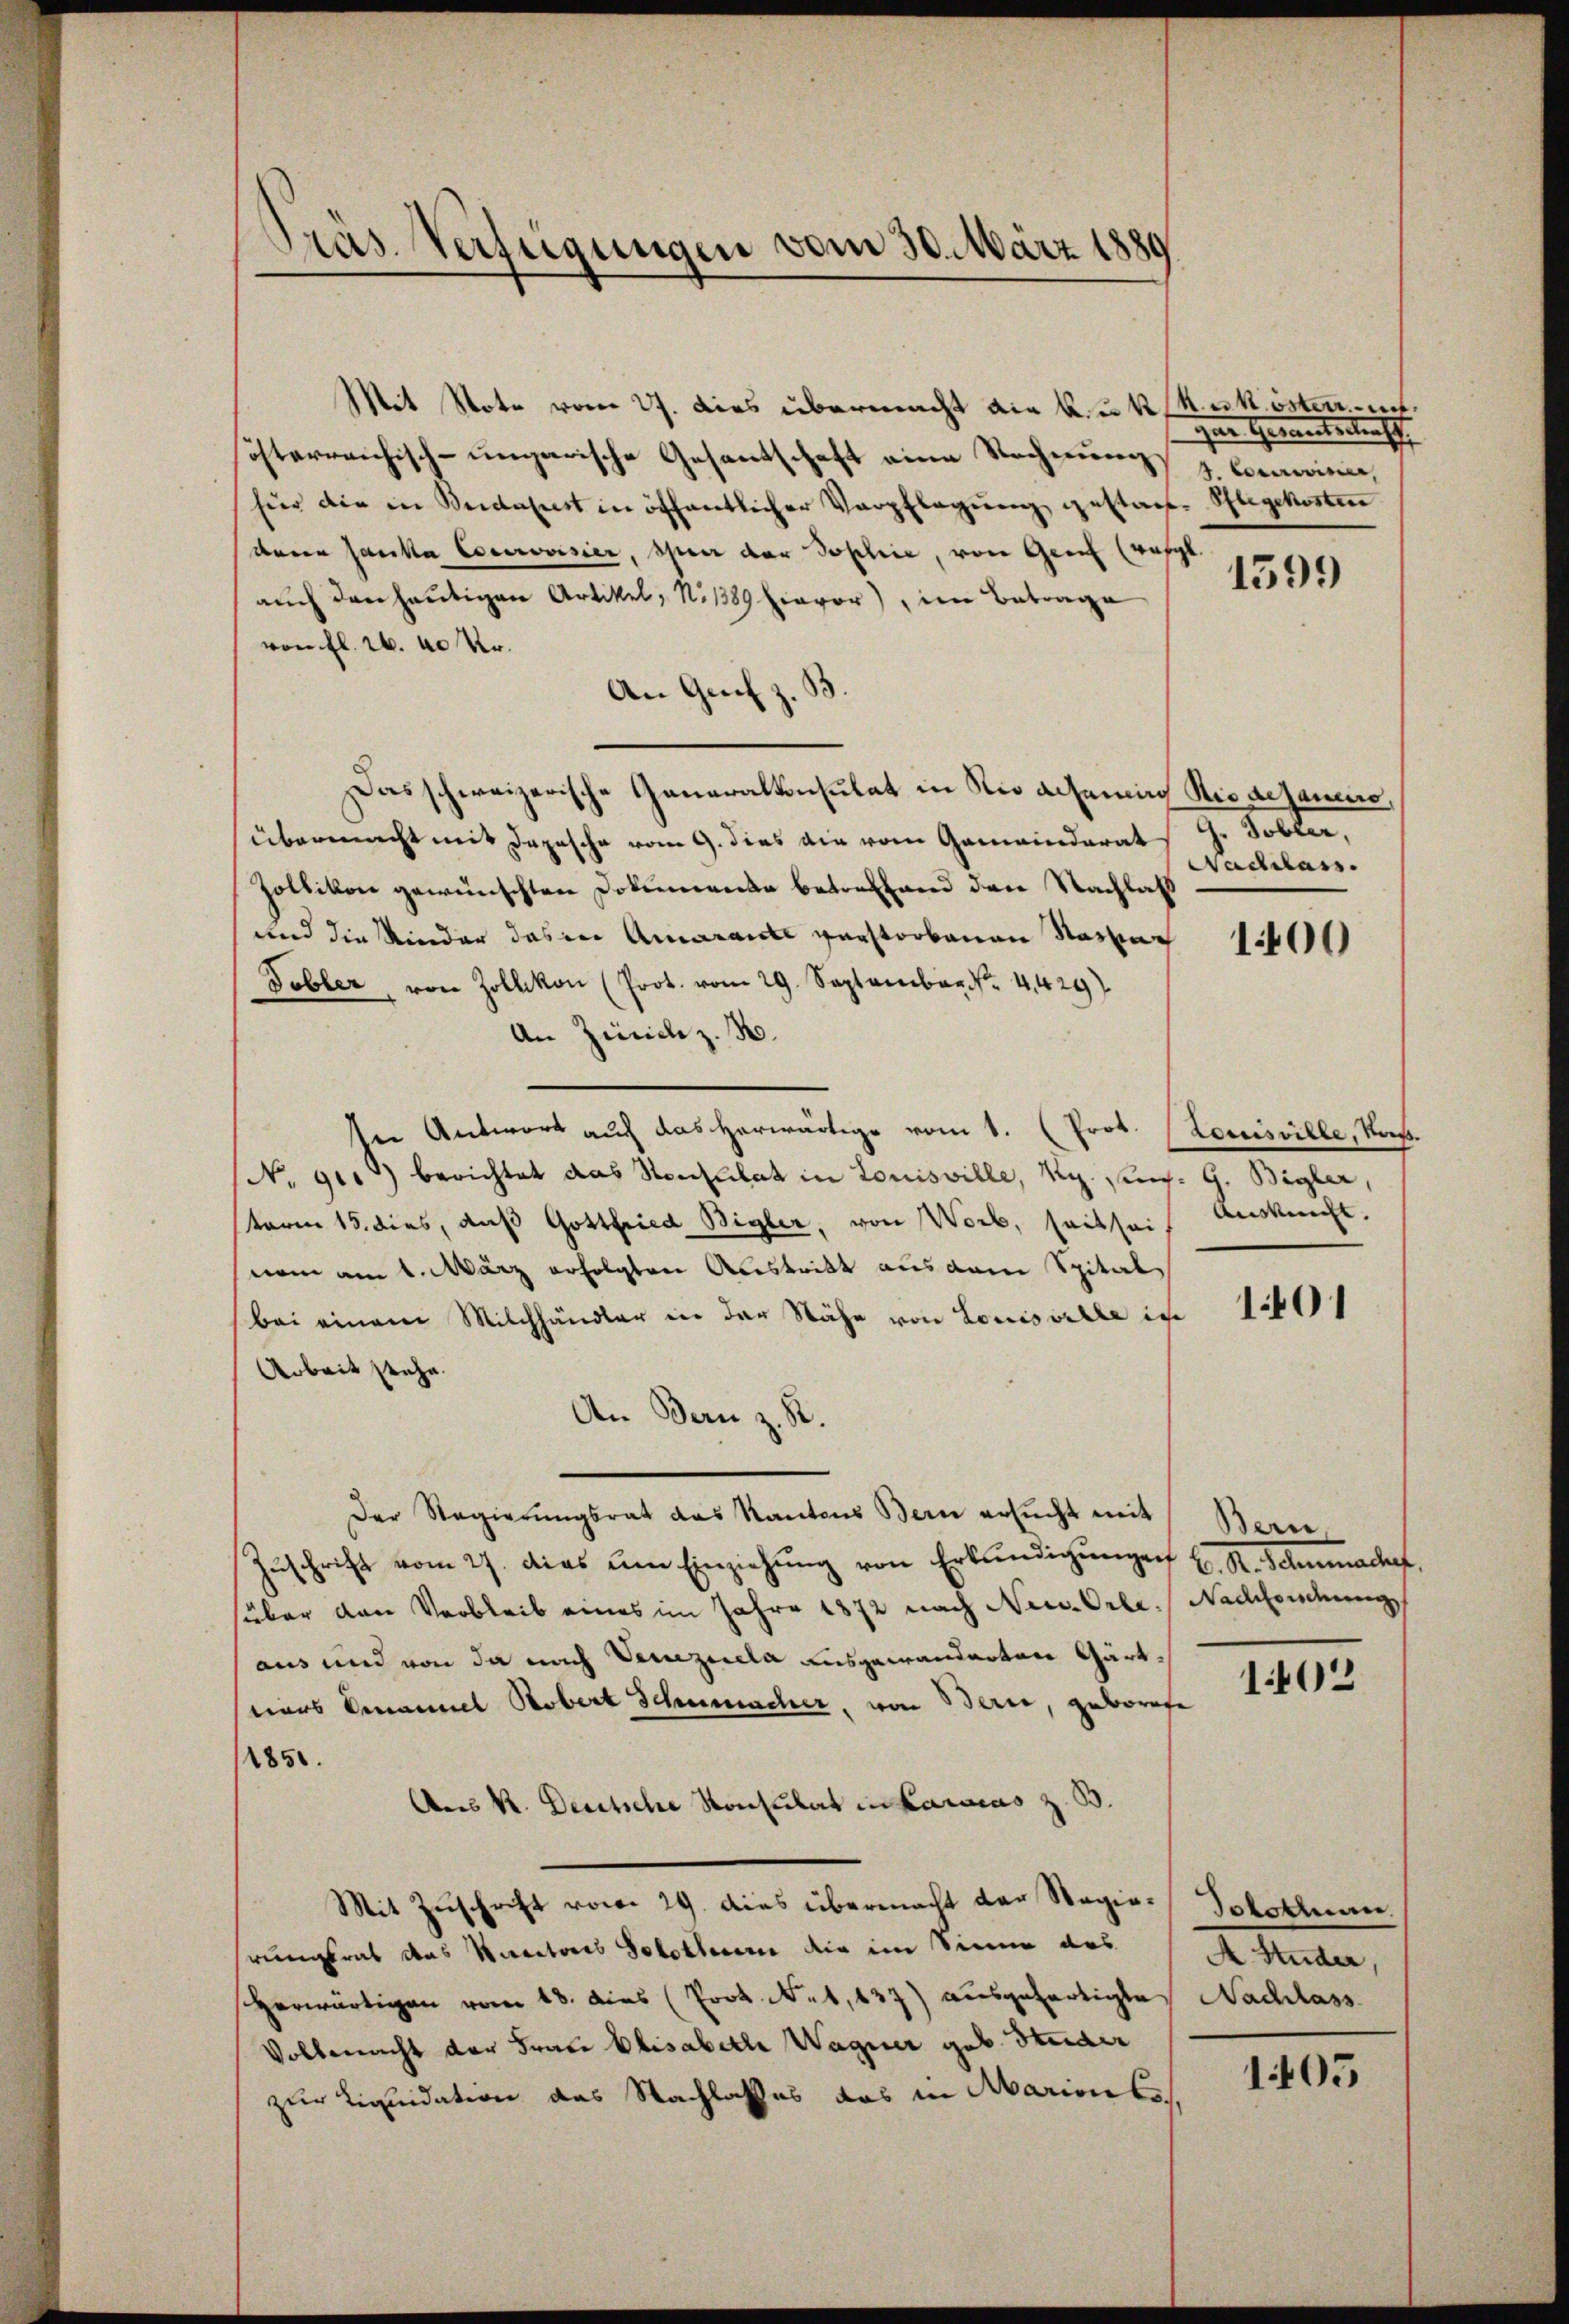
Präs. Verfügungen vom 30. März 1889

Mit Note vom 27. dies übermacht die kuk Rukosten.
österreichisch-ungarische Gesantschaft eine Rechnung
für die in Beidenst in öffentlicher Verpflegung gestatte Pflegekosten
deren Hanka Cocerovisier, sper der Joschine, von Genf (resp.
auch den heutigen Artikel, No 1389 Eiavor, im Betrage
von fl. 26. 40 kr.
An Grif z. B.
Das schweizerische Generalkonsulat in Nie acheming Rio dejanire,
übermacht mit Depesche vom 9. dies die vom Gemeinderat G. Tobler,
Zollikon gewünschten Dokumente betreffend den Nachlaß
und die Kinder das in Amarante verstorbenen Naseng
Tobler, von Zollikon (Prot. vom 29. September 4429
An Zürich z. B.
In Antwort auch das herwärtige vom 1. (Prot. Louisville, Kas
No. 91. berichtet das Senkulat in Louisville, Rg. sind. G. Bigler,
sterm 15. dies, daß Gottfried Bigler, von Worb, seitseit Auskunft.
nem am 1. März erfolgten Austritt aus dem Spitalbei einem Milchhändler in der Nähe von Louisville in
Arbeit stehe.
An Bern z. B.
Der Regierungsrat das Kantons Bern ersucht mit
Zŭschrift vom 27. dies um Einziehŭng von Erkundigŭngen C. R. Schumache,
süber den Verbleib eines im Jahre 1872 nach New-Orle. Nachtendung
aus und von da nach Venezuela ausgewanderten Gärteines Emanuel Stobert Schumacher, von Berie, geborate
1851.
Aus K. Deutsche Konsulat in Karaias z. B.
Mit Zuschrift vom 29. dies übermacht der Regie-Solothurn
rungsrat das Rectoris Solothur die im Sinne das
Herwärtigen vom 18. dies (Prot. N. 1,137) ausgefertigte Nachlass
Vollmacht der Frau Elisabethe Wagner geb. Steider
zur Liquidation des Nachlasses das in Marients,

iner Gewerkersten se
4. Cocareisen,

1599

Nachlass.

100

1401

Bern.

1402

. Heuten,

105